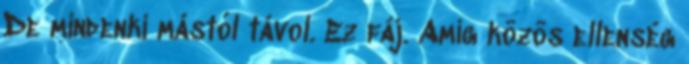
De mindenki mástól távol. Ez fáj. Amíg közös ellenség